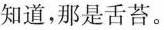
知道，那是舌苔。